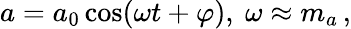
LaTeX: \begin{array}{r}{a=a_{0}\cos(\omega t+\varphi),\ \omega\approx m_{a}\, ,}\end{array}